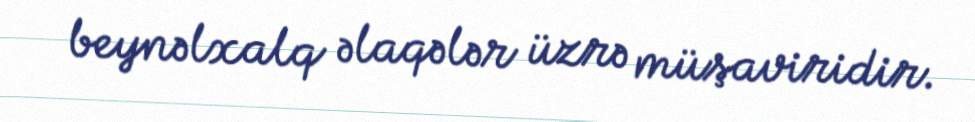
beynəlxalq əlaqələr üzrə müşaviridir.